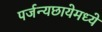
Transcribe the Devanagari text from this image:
पर्जन्यछायेमध्ये